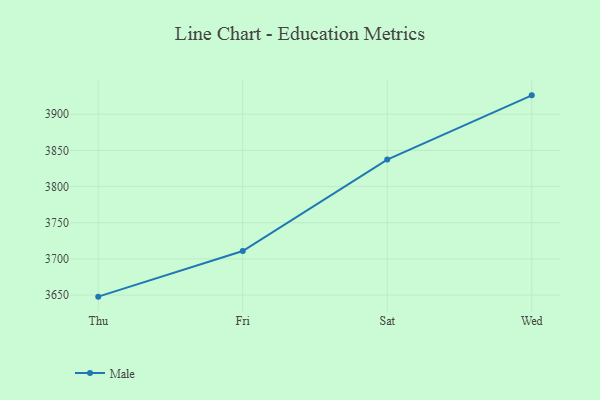
{"axis": {"x": "Day", "y": "Demand Index"}, "legend": ["Male"], "data": [{"x": "Thu", "y": 3647.8, "type": "Male"}, {"x": "Fri", "y": 3710.9, "type": "Male"}, {"x": "Sat", "y": 3837.3, "type": "Male"}, {"x": "Wed", "y": 3926.1, "type": "Male"}]}